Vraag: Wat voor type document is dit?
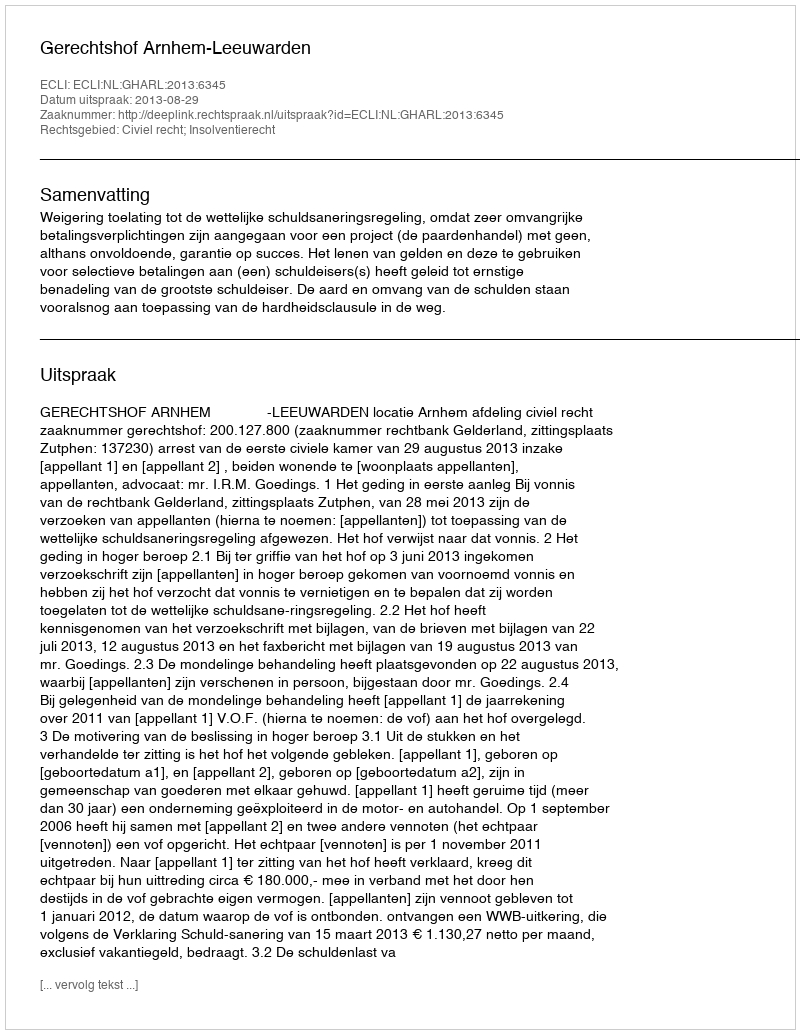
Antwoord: Uitspraak